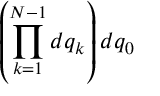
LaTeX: \left( \prod _ { k = 1 } ^ { N - 1 } d q _ { k } \right) d q _ { 0 }